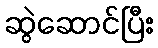
ဆွဲဆောင်ပြီး